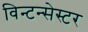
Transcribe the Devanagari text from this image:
विन्टन्सेस्टर